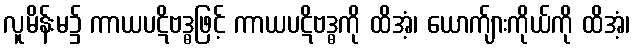
လူမိန်းမ၌ ကာယပဋိဗဒ္ဓဖြင့် ကာယပဋိဗဒ္ဓကို ထိအံ့၊ ယောက်ျားကိုယ်ကို ထိအံ့၊